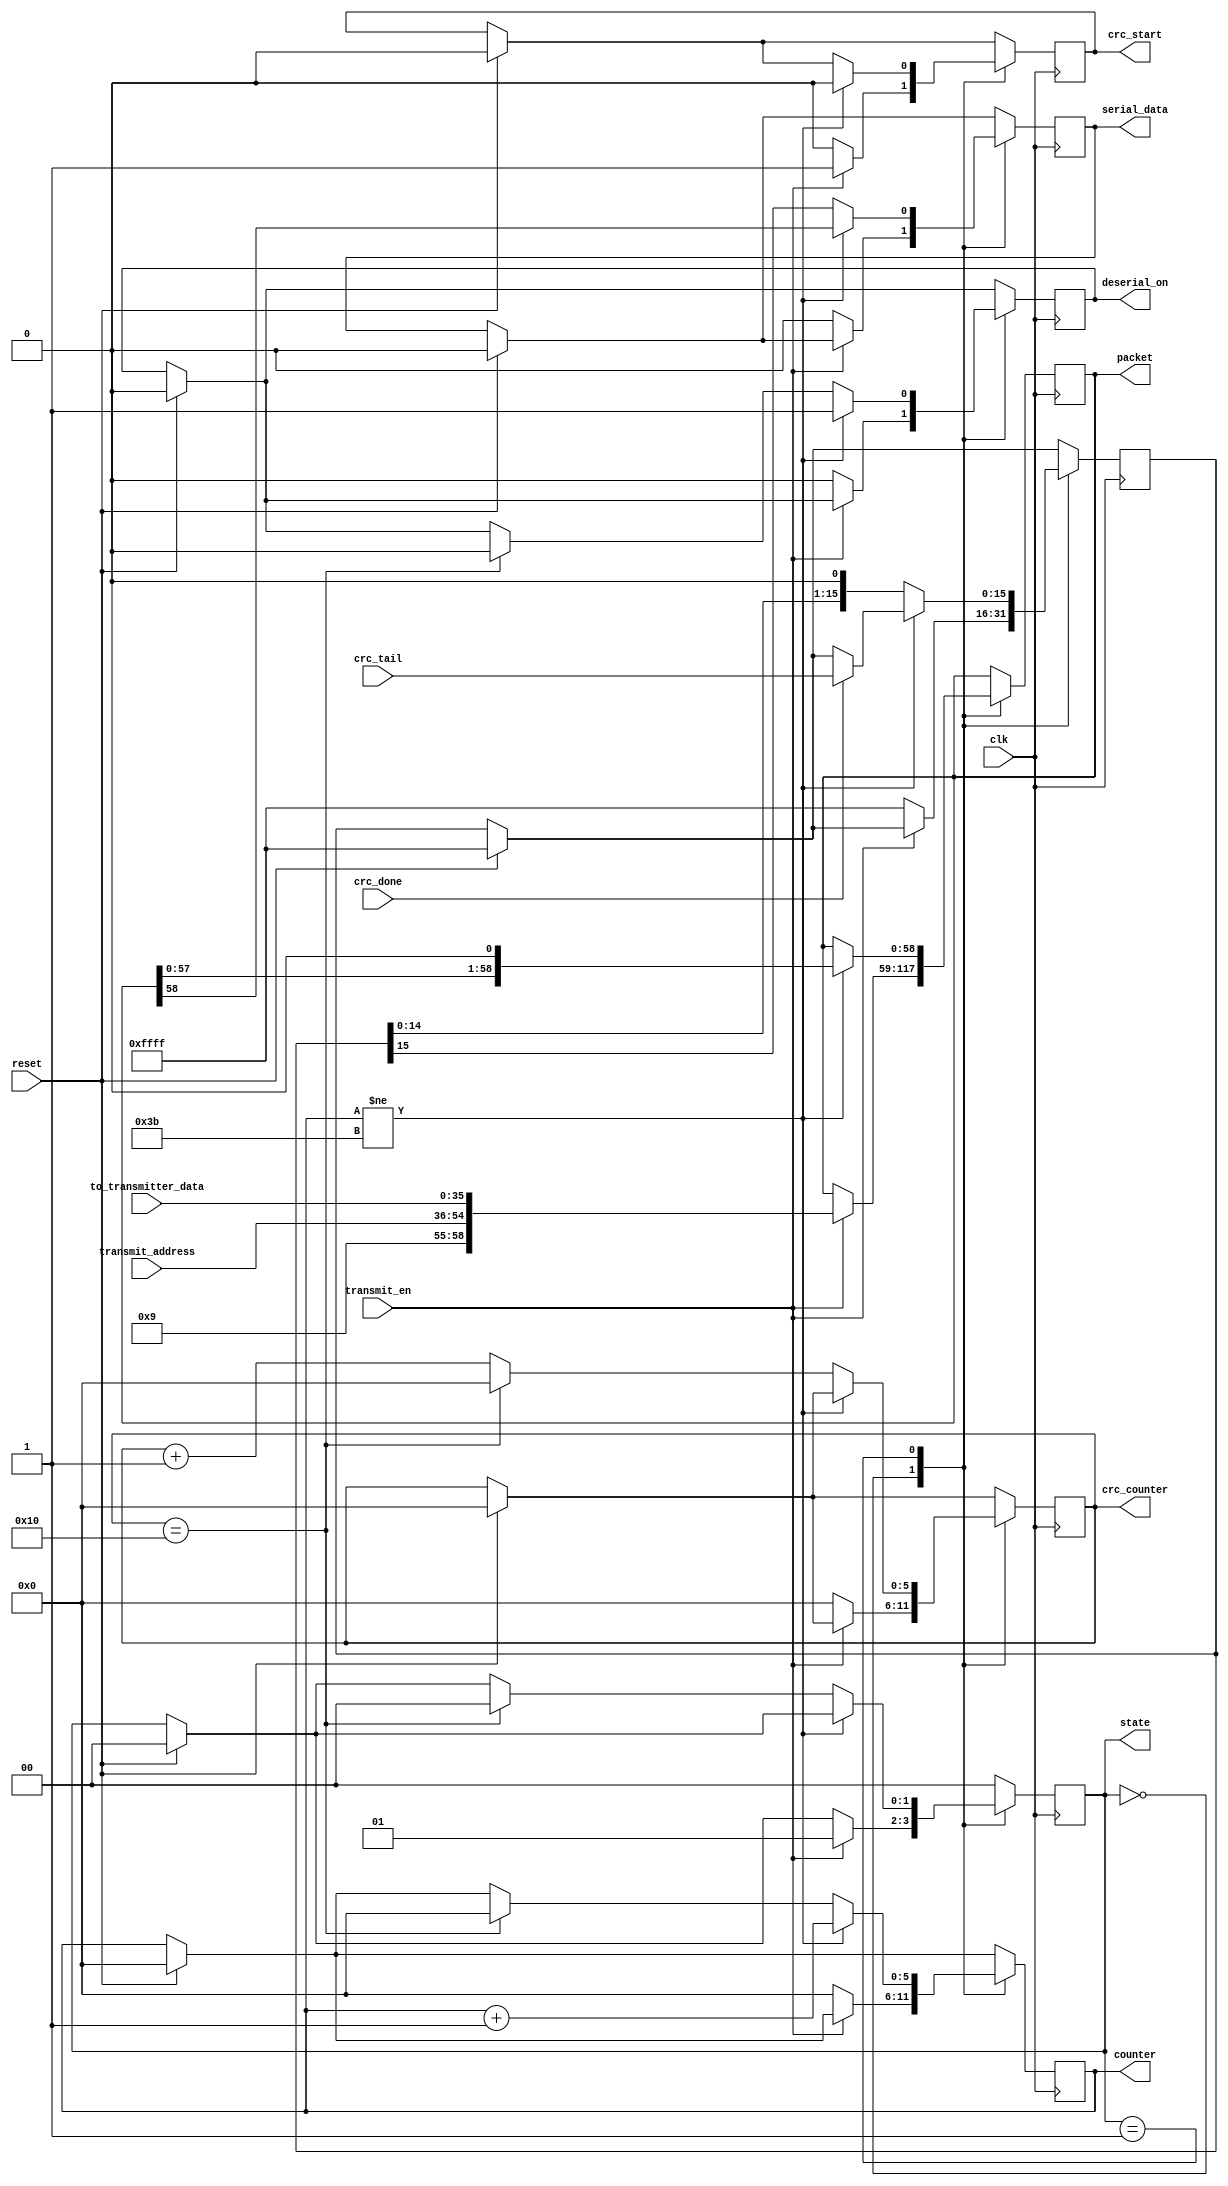
`timescale 1ns / 1ps
//////////////////////////////////////////////////////////////////////////////////
// Company: 
// Engineer: 
// 
// Design Name: 
// Module Name:    transmitterNew 
// Project Name: 
// Target Devices: 
// Tool versions: 
// Description: 
//
// Dependencies: 
//
// Revision: 
// Revision 0.01 - File Created
// Additional Comments: 
//
//////////////////////////////////////////////////////////////////////////////////
module transmitterNew(
    input clk,
    input reset,
    input transmit_en,
    input [35:0] to_transmitter_data,
    input [18:0] transmit_address,
    input [15:0] crc_tail,
    input crc_done,
	 output reg crc_start,
	 output reg serial_data,
	 output reg [1:0] state,
	 output reg deserial_on,
	 output reg [5:0] counter,
	 output reg [5:0] crc_counter,
	 output reg [58:0] packet
    );
		
	reg [15:0] crc_checksum;
	parameter idle = 0;
	parameter transmitData = 1;
	parameter transmitCRC = 2;
	
	initial state = 0;
	
	//reg [5:0] counter; 
	//reg [4:0] crc_counter;
	

	always @(posedge clk) begin
	
		if (reset) begin
			state <= idle;
			crc_checksum <= 16'hFFFF;
			serial_data <= 0; 
			crc_counter <= 0;
			crc_start <= 0;
			counter <= 0;
			deserial_on <= 0;
			
		end
		
		case (state)  
		
			idle: begin 
				if (transmit_en) begin 
					crc_start <= 1;
					state <= transmitData;
					packet <= {4'b1001,transmit_address,to_transmitter_data};
				end
				else begin
					crc_checksum <= 16'hFFFF;
					serial_data <= 0; 
					crc_counter <= 0;
					crc_start <= 0;
					counter <= 0;
					deserial_on <= 0;
				end
			end 
				
			transmitData: begin
				
				if (counter!=59) begin 
					crc_start <= 0;
					deserial_on <= 1;
					serial_data <= packet[58];
					packet <= {packet[57:0],1'b0};
					counter <= counter + 1;
					if (crc_done) crc_checksum <= crc_tail;end 
				else begin 
					serial_data <= crc_checksum[15];
					crc_checksum <= {crc_checksum[14:0],1'b0};
					crc_counter <= crc_counter + 1;
					if (crc_counter == 16) begin
						crc_counter <= 0;
						counter <= 0;
						deserial_on <= 0;
						state <= idle;end	
				end 
						
			end
			
			default: state <= idle;

		endcase
		
	end 

endmodule